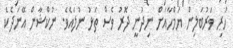
ހުރި ވަރުބަލިން ޔަމްހާއަށް ނިދުނީ ދޮރު ވެސް ތަޅު ނުލައެވެ. ނުކްޝާން އޭނަދެކެ